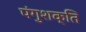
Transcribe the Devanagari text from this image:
पंगुशक्ति